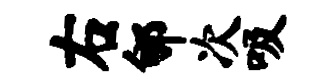
右郇次吸